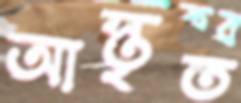
আস্তৃত